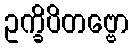
ဥက္ခိပိတဗ္ဗော